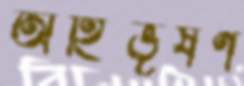
অহিভূষণ